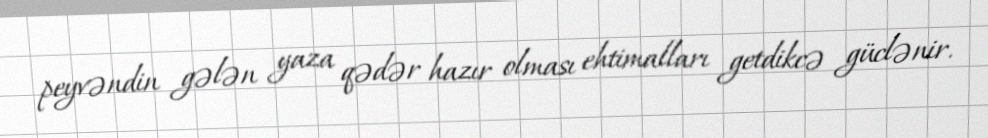
peyvəndin gələn yaza qədər hazır olması ehtimalları getdikcə güclənir.